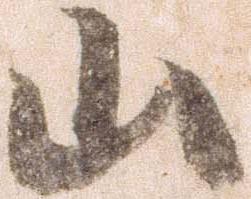
山